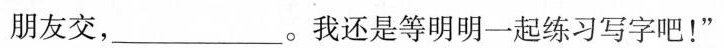
朋友交，___。我还是等明明一起练习写字吧！”